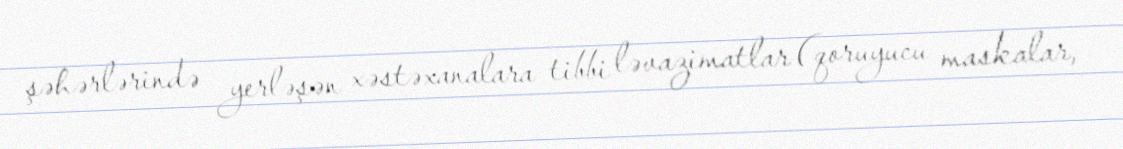
şəhərlərində yerləşən xəstəxanalara tibbi ləvazimatlar (qoruyucu maskalar,